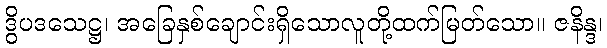
ဒွိပဒသေဋ္ဌ၊ အခြေနှစ်ချောင်းရှိသောလူတို့ထက်မြတ်သော။ ဇနိန္ဒ၊